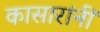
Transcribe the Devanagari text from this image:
कासारांनीं